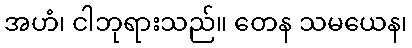
အဟံ၊ ငါဘုရားသည်။ တေန သမယေန၊